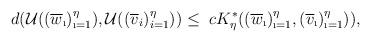
LaTeX: \begin{align*} d(\mathcal{U}((\overline{w}_{\i})_{\i=1}^{\eta}),\mathcal{U}((\overline{v}_{i})_{i=1}^{\eta}))\leq~cK^{*}_{\eta}((\overline{w}_{\i})_{\i=1}^{\eta},(\overline{v}_{\i})_{\i=1}^{\eta})),\end{align*}